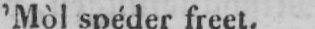
’Mòl spéder freet.